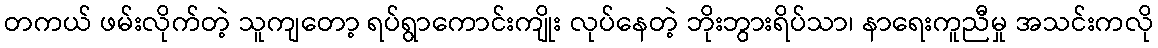
တကယ် ဖမ်းလိုက်တဲ့ သူကျတော့ ရပ်ရွာကောင်းကျိုး လုပ်နေတဲ့ ဘိုးဘွားရိပ်သာ၊ နာရေးကူညီမှု အသင်းကလို